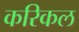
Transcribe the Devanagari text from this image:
करिकल